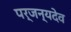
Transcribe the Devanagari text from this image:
पर्जन्यदेव